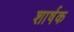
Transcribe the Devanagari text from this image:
शार्षक